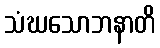
သံဃသောဘနာတိ